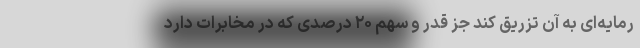
رمایه‌ای به آن تزریق کند جز قدر و سهم ۲۰ درصدی که در مخابرات دارد